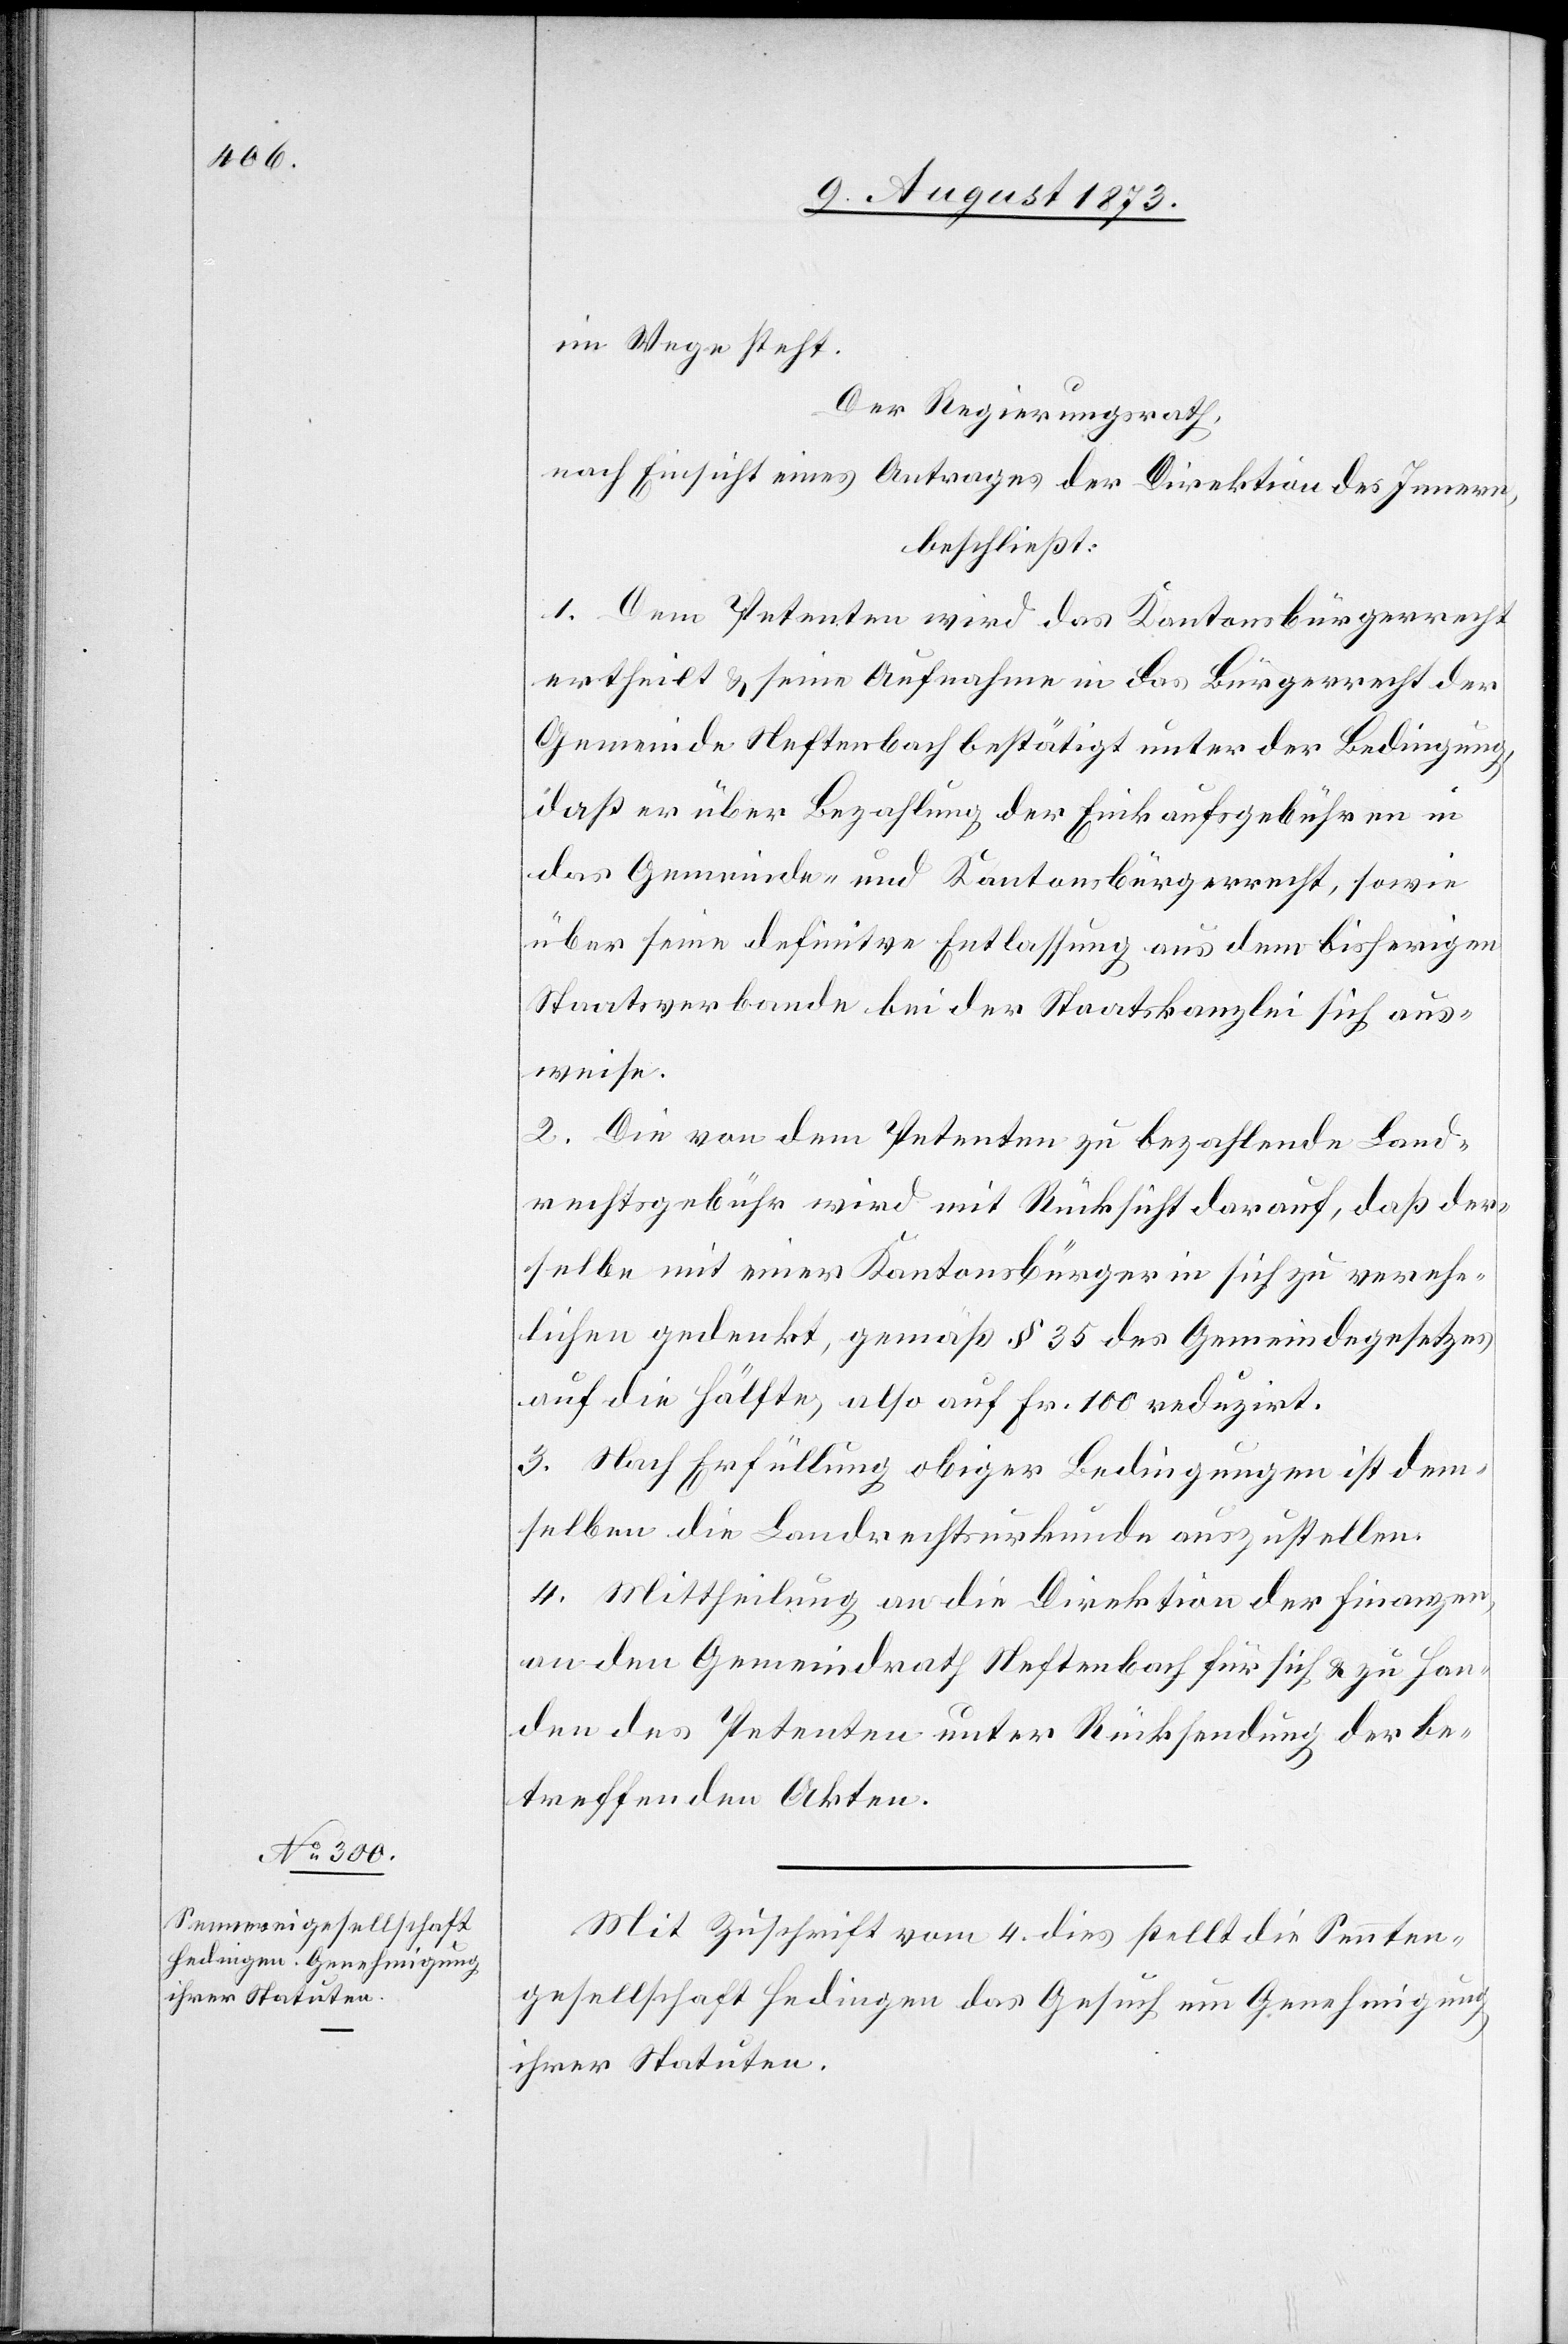
Mit Zuschrift vom 4. dies stellt die Sennten¬
gesellschaft Hedingen das Gesuch um Genehmigung
ihrer Statuten.